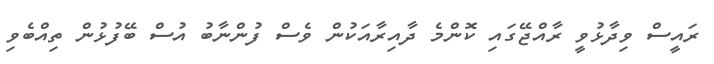
ރައީސް ވިދާޅުވީ ރާއްޖޭގައި ކޮންމެ ދާއިރާއަކުން ވެސް ފުންނާބު އުސް ބޭފުޅުން ތިއްބެވި